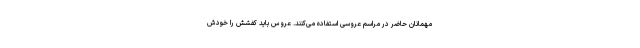
مهمانان حاضر در مراسم عروسی استفاده می‌کنند. عروس باید کفشش را خودش